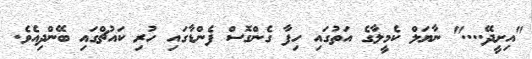
"އިށީދޭ...." ނާޔަލް ކެމީލާގެ އަތުގައި ހިފާ ގެންގޮސް ފެންޑާގައި ހުރި ކައުޗްގައި ބޭންދިއެވެ.